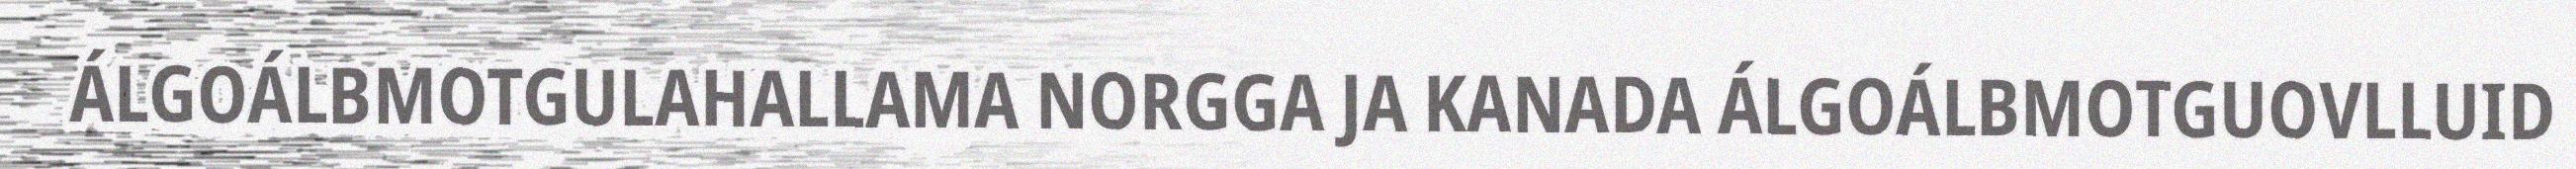
ÁLGOÁLBMOTGULAHALLAMA NORGGA JA KANADA ÁLGOÁLBMOTGUOVLLUID